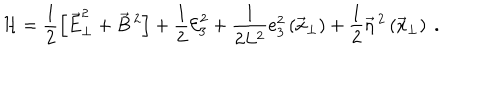
{ \cal H } = \frac { 1 } { 2 } \left[ \vec { E } _ { \bot } ^ { 2 } + \vec { B } \, ^ { 2 } \right] + \frac { 1 } { 2 } { \cal E } _ { 3 } ^ { 2 } + \frac { 1 } { 2 L ^ { 2 } } e _ { 3 } ^ { 2 } \left( \vec { x } _ { \perp } \right) + \frac { 1 } { 2 } \vec { \eta } \, ^ { 2 } \left( \vec { x } _ { \perp } \right) \ .